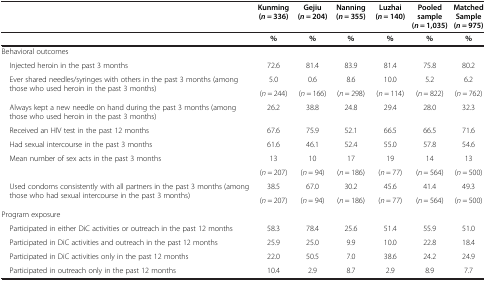
<table><thead><tr><td><b> </b></td><td><b>Kunming (<i>n</i> = 336)</b></td><td><b>Gejiu (<i>n</i> = 204)</b></td><td><b>Nanning (<i>n</i> = 355)</b></td><td><b>Luzhai (<i>n</i> = 140)</b></td><td><b>Pooled sample (<i>n</i> = 1,035)</b></td><td><b>Matched Sample (<i>n</i> = 975)</b></td></tr></thead><tbody><tr><td> </td><td><b>%</b></td><td><b>%</b></td><td><b>%</b></td><td><b>%</b></td><td><b>%</b></td><td><b>%</b></td></tr><tr><td>Behavioral outcomes</td><td> </td><td> </td><td> </td><td> </td><td> </td><td> </td></tr><tr><td> Injected heroin in the past 3 months</td><td>72.6</td><td>81.4</td><td>83.9</td><td>81.4</td><td>75.8</td><td>80.2</td></tr><tr><td rowspan="2"> Ever shared needles/syringes with others in the past 3 months (among those who used heroin in the past 3 months)</td><td>5.0</td><td>0.6</td><td>8.6</td><td>10.0</td><td>5.2</td><td>6.2</td></tr><tr><td>(<i>n</i> = 244)</td><td>(<i>n</i> = 166)</td><td>(<i>n</i> = 298)</td><td>(<i>n</i> = 114)</td><td>(<i>n</i> = 822)</td><td>(<i>n</i> = 762)</td></tr><tr><td> Always kept a new needle on hand during the past 3 months (among those who used heroin in the past 3 months)</td><td>26.2</td><td>38.8</td><td>24.8</td><td>29.4</td><td>28.0</td><td>32.3</td></tr><tr><td> Received an HIV test in the past 12 months</td><td>67.6</td><td>75.9</td><td>52.1</td><td>66.5</td><td>66.5</td><td>71.6</td></tr><tr><td> Had sexual intercourse in the past 3 months</td><td>61.6</td><td>46.1</td><td>52.4</td><td>55.0</td><td>57.8</td><td>54.6</td></tr><tr><td rowspan="2"> Mean number of sex acts in the past 3 months</td><td>13</td><td>10</td><td>17</td><td>19</td><td>14</td><td>13</td></tr><tr><td>(<i>n</i> = 207)</td><td>(<i>n</i> = 94)</td><td>(<i>n</i> = 186)</td><td>(<i>n</i> = 77)</td><td>(<i>n</i> = 564)</td><td>(<i>n</i> = 500)</td></tr><tr><td rowspan="2"> Used condoms consistently with all partners in the past 3 months (among those who had sexual intercourse in the past 3 months)</td><td>38.5</td><td>67.0</td><td>30.2</td><td>45.6</td><td>41.4</td><td>49.3</td></tr><tr><td>(<i>n</i> = 207)</td><td>(<i>n</i> = 94)</td><td>(<i>n</i> = 186)</td><td>(<i>n</i> = 77)</td><td>(<i>n</i> = 564)</td><td>(<i>n</i> = 500)</td></tr><tr><td>Program exposure</td><td> </td><td> </td><td> </td><td> </td><td> </td><td> </td></tr><tr><td> Participated in either DiC activities or outreach in the past 12 months</td><td>58.3</td><td>78.4</td><td>25.6</td><td>51.4</td><td>55.9</td><td>51.0</td></tr><tr><td> Participated in DiC activities and outreach in the past 12 months</td><td>25.9</td><td>25.0</td><td>9.9</td><td>10.0</td><td>22.8</td><td>18.4</td></tr><tr><td> Participated in DiC activities only in the past 12 months</td><td>22.0</td><td>50.5</td><td>7.0</td><td>38.6</td><td>24.2</td><td>24.9</td></tr><tr><td> Participated in outreach only in the past 12 months</td><td>10.4</td><td>2.9</td><td>8.7</td><td>2.9</td><td>8.9</td><td>7.7</td></tr></tbody></table>